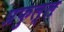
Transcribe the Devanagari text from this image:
प्रफुल्‍ल